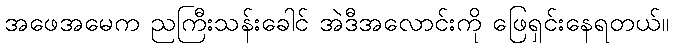
အဖေအမေက ညကြီးသန်းခေါင် အဲဒီအလောင်းကို ဖြေရှင်းနေရတယ်။